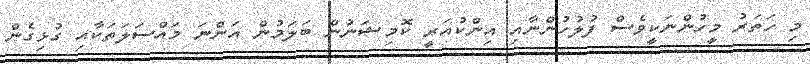
މި ހަތަރު މީހުންނަކީވެސް ފުލުހުންނާއި އިންކުއަރީ ކޮމިޝަނުން ބަލަމުން އަންނަ މައްސަލަތަކާއި ގުޅިގެން